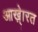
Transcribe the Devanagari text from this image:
आख़्ेारत